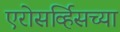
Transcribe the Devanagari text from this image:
एरोसर्व्हिसच्या